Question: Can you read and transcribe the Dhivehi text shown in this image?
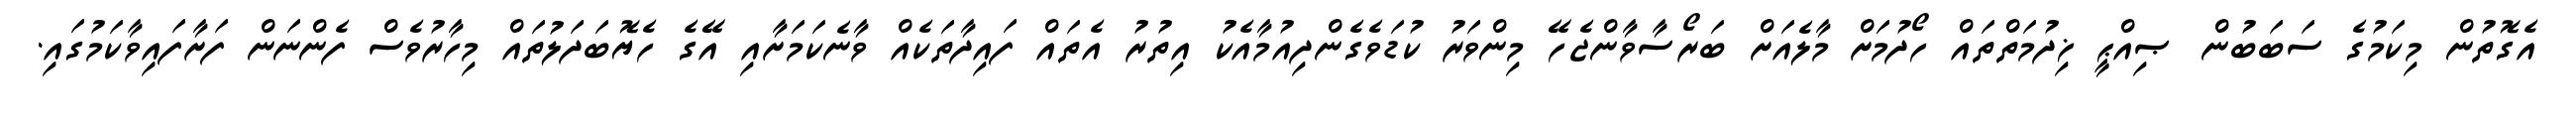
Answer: އެގޮތުން މިކަމުގެ ސަބަބުން ޞިއްޙީ ޚިދުމަތްތައް ހޯދުމަށް މާލެއަށް ބަރޯސާވާންޖެހޭ މިންވަރު ކުޑަވެގެންދިއުމާއެކު އިތުރު އެތައް ފައިދާތަކެއް ވާނެކަމަށާއި އޭގެ ހެޔޮބަދަލުތައް މިހާރުވެސް ފެންނަން ފަށާފައިވާކަމުގައި.